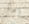
أعانى